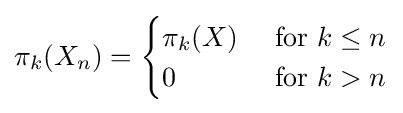
\pi _{k}(X_{n})={\begin{cases}\pi _{k}(X)&{\text{ for }}k\leq n\\0&{\text{ for }}k>n\end{cases}}